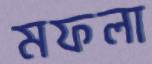
মফলা